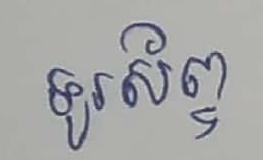
ទូរស័ព្ទ